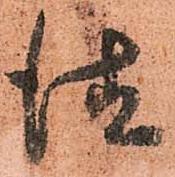
徳